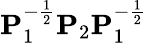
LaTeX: \mathbf{P}_{1}^{-\frac{1}{2}}\mathbf{P}_{2}\mathbf{P}_{1}^{-\frac{1}{2}}